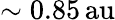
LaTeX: \sim 0.85\, \mathrm{au}